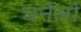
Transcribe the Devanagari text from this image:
चनेलो